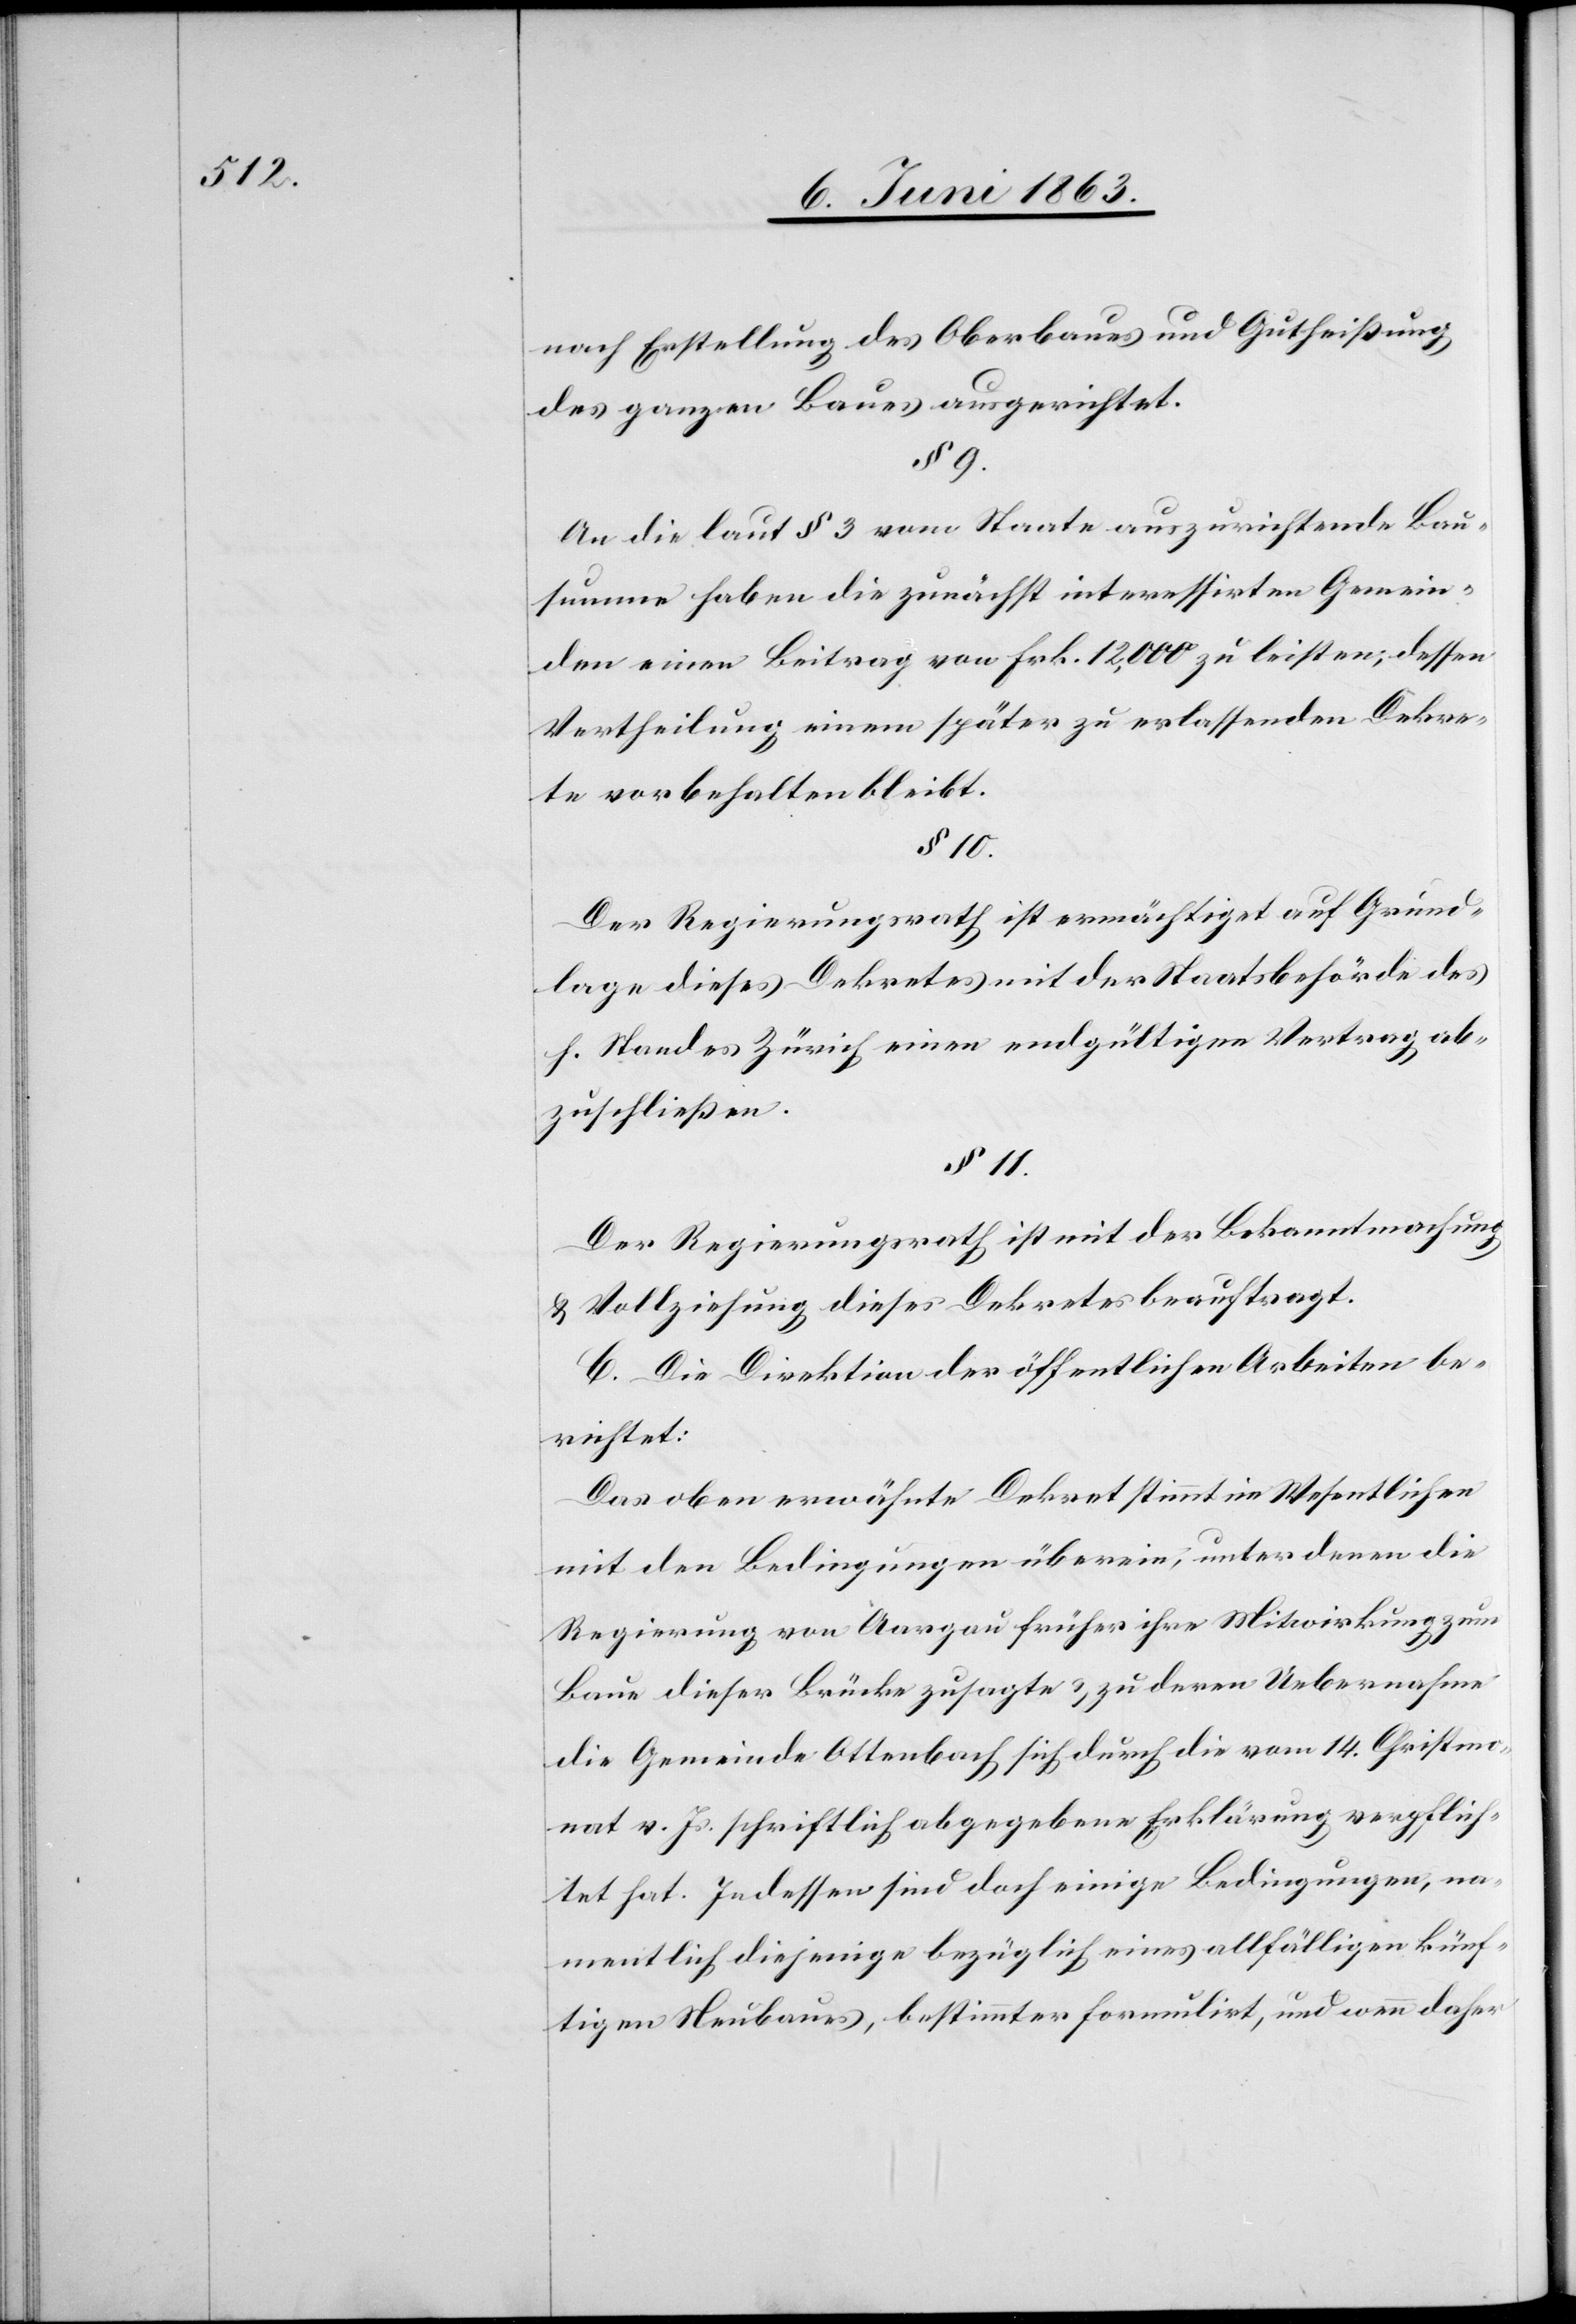
nach Erstellung des Oberbaues und Gutheißung
des ganzen Baues ausgerichtet.
§ 9.
An die laut § 3 vom Staate auszurichtende Bau¬
summe haben die zunächst interessirten Gemein¬
den einen Beitrag von Frk. 12,000 zu leisten; dessen
Vertheilung einem später zu erlassenden Dekre¬
te vorbehalten bleibt.
§ 10.
Der Regierungsrath ist ermächtigt auf Grund¬
lage dieses Dekretes mit der Staatsbehörde des
h. Standes Zürich einen endgültigen Vertrag ab¬
zuschließen.
§ 11.
Der Regierungsrath ist mit der Bekanntmachung
& Vollziehung dieses Dekretes beauftragt.
C. Die Direktion der öffentlichen Arbeiten be¬
richtet:
Das oben erwähnte Dekret stimmt im Wesentlichen
mit den Bedingungen überein, unter denen die
Regierung von Aargau früher ihre Mitwirkung zum
Baue dieser Brücke zusagte & zu deren Uebernahme
die Gemeinde Ottenbach sich durch die vom 14. Christmo¬
nat v. Js. schriftlich abgegebene Erklärung verpflich¬
tet hat. Indessen sind doch einige Bedingungen, na¬
mentlich diejenige bezüglich eines allfälligen künf¬
tigen Neubaues, bestimmter formulirt, und wenn daher